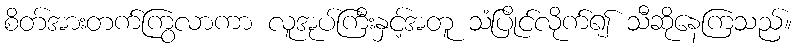
စိတ်အားတက်ကြွလာကာ လူအုပ်ကြီးနှင့်အတူ သံပြိုင်လိုက်၍ သီဆိုနေကြသည်။